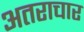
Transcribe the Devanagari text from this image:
अतराचार